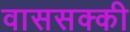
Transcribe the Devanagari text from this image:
वाससक्की